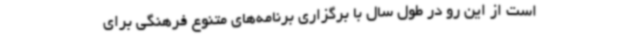
است از این رو در طول سال با برگزاری برنامه‌های متنوع فرهنگی برای